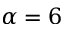
\alpha = 6